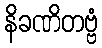
နိခဏိတဗ္ဗံ